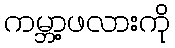
ကမ္ဘာ့ဖလားကို